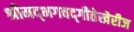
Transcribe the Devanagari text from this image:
श्रीमद्‌भगवद्‌गीतेखेरीज